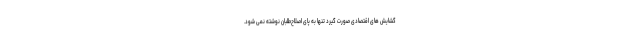
گشایش های اقتصادی صورت گیرد تنها به پای اصلاح‌طلبان نوشته نمی شود.